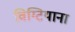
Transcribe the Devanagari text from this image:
विग्टियाना